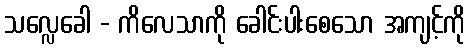
သလ္လေခေါ - ကိလေသာကို ခေါင်းပါးစေသော အကျင့်ကို